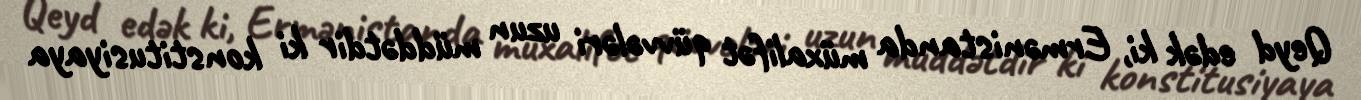
Qeyd edək ki, Ermənistanda müxalifət qüvvələri uzun müddətdir ki konstitusiyaya